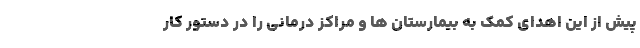
پیش از این اهدای کمک به بیمارستان ها و مراکز درمانی را در دستور کار